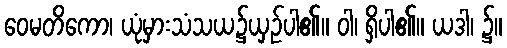
ဝေမတိကော၊ ယုံမှားသံသယ၌ယှဉ်ပါ၏။ ဝါ၊ ရှိပါ၏။ ယဒါ၊ ၌။